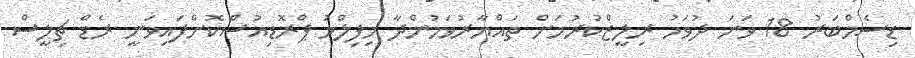
ޑިސެމްބަރު 18 ވަނަ ދުވަހު ރިލީޒްކުރުމަށް ތައްޔާރުވަމުންދާ މިފިލްމު ޕްރޮޑިއުސްކޮށްފައިވަނީ ރެޑް ޗިލީސް